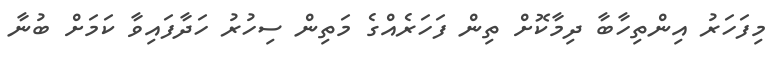
މިފަހަރު އިންތިހާބާ ދިމާކޮށް ތިން ފަހަރެއްގެ މަތިން ސިހުރު ހަދާފައިވާ ކަމަށް ބުނާ